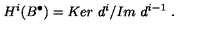
H ^ { i } ( B ^ { \bullet } ) = { K e r \ d ^ { i } } / { I m \ d ^ { i - 1 } } \ .